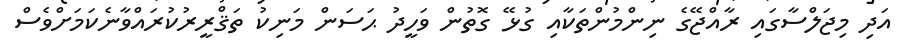
އަދި މިޖަލްސާގައި ރާއްޖޭގެ ނިންމުންތަކާއި ގުޅޭ ގޮތުން ވަހީދު ޙަސަން މަނިކު ތަޤްރީރުކުރައްވާނެކަމަށްވެސް